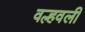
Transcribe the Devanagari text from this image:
वल्हवली